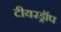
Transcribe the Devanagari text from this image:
टीयरड्रॉप